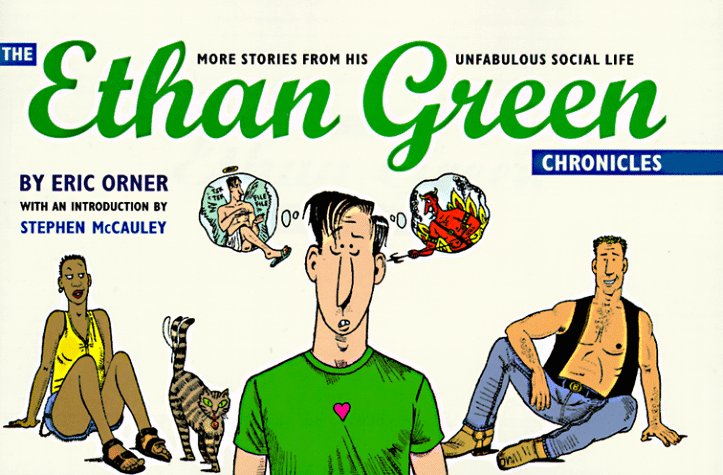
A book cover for Ethan Green Chronicles; Eric Orner; Comics & Graphic Novels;